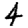
Digit: 4